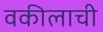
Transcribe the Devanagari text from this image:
वकीलाची